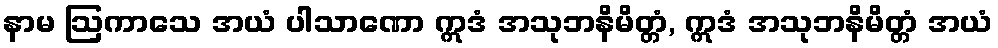
နာမ ဩကာသေ အယံ ပါသာဏော ဣဒံ အသုဘနိမိတ္တံ, ဣဒံ အသုဘနိမိတ္တံ အယံ